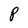
Character: P